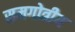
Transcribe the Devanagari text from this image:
समगोत्रीय